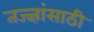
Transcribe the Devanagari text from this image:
तज्ज्ञांसाठी